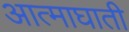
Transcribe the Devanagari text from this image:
आत्माघाती